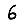
Digit: 6